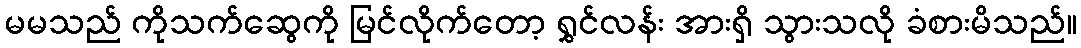
မမသည် ကိုသက်ဆွေကို မြင်လိုက်တော့ ရွှင်လန်း အားရှိ သွားသလို ခံစားမိသည်။